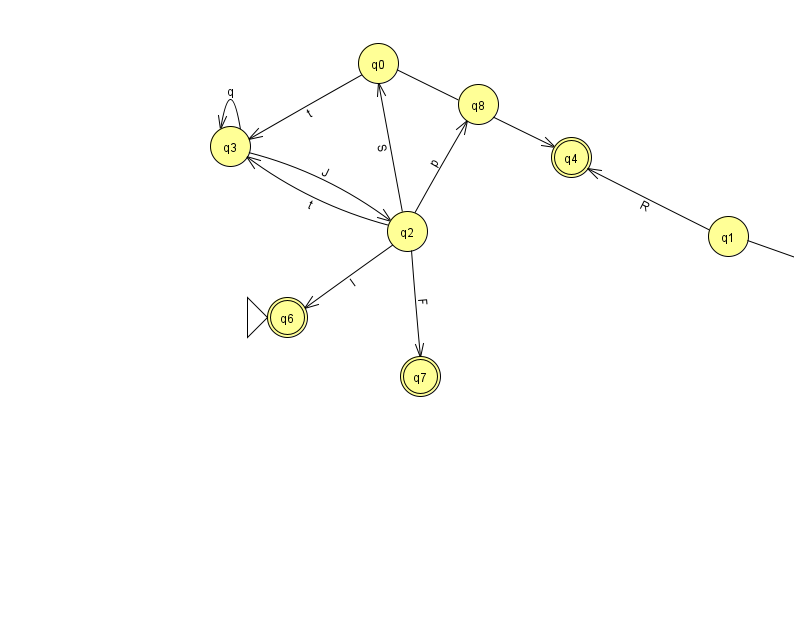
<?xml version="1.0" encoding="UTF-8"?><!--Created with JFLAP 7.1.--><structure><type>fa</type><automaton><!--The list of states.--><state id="0" name="q0"><x>378.0</x><y>50.0</y></state><state id="1" name="q1"><x>728.0</x><y>223.0</y></state><state id="2" name="q2"><x>407.0</x><y>218.0</y></state><state id="3" name="q3"><x>230.0</x><y>133.0</y></state><state id="4" name="q4"><x>571.0</x><y>144.0</y><final/></state><state id="5" name="q5"><x>860.0</x><y>269.0</y></state><state id="6" name="q6"><x>287.0</x><y>304.0</y><initial/><final/></state><state id="7" name="q7"><x>420.0</x><y>363.0</y><final/></state><state id="8" name="q8"><x>478.0</x><y>91.0</y></state><!--The list of transitions.--><transition><from>0</from><to>3</to><read>t</read></transition><transition><from>2</from><to>0</to><read>S</read></transition><transition><from>3</from><to>3</to><read>q</read></transition><transition><from>2</from><to>3</to><read>t</read></transition><transition><from>2</from><to>6</to><read>l</read></transition><transition><from>1</from><to>4</to><read>R</read></transition><transition><from>1</from><to>5</to><read>t</read></transition><transition><from>3</from><to>2</to><read>J</read></transition><transition><from>2</from><to>8</to><read>p</read></transition><transition><from>0</from><to>4</to><read>o</read></transition><transition><from>2</from><to>7</to><read>F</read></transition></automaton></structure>